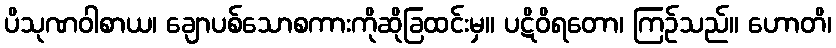
ပိသုဏဝါစာယ၊ ချောပစ်သောစကားကိုဆိုခြထင်းမှ။ ပဋိဝိရတော၊ ကြဉ်သည်။ ဟောတိ၊